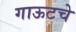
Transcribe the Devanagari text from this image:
गाऊटचे